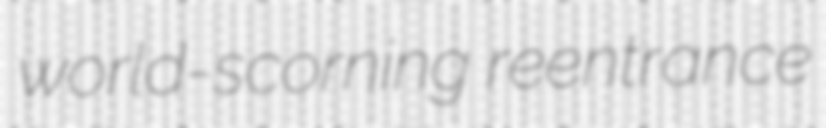
world-scorning reentrance